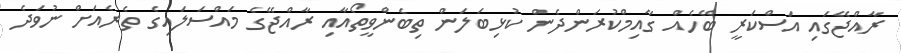
ރާއްޖޭގައި އަސްކަރީ ބޭހެއް ގާއިމްކުރަންދެން ކުޅިބަލަން ތިބެންވީތޯއާއި ރާއްޖޭގެ މައްސަލައިގެ ތެރެއަށް ނުވަދެ